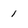
Character: 1